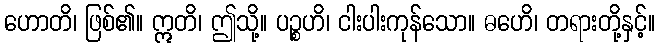
ဟောတိ၊ ဖြစ်၏။ ဣတိ၊ ဤသို့။ ပဉ္စဟိ၊ ငါးပါးကုန်သော။ ဓဟေိ၊ တရားတို့နှင့်။